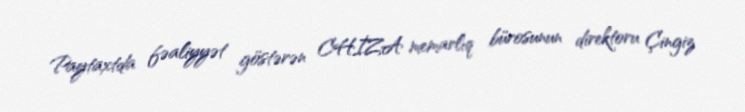
Paytaxtda fəaliyyət göstərən CHİZA memarlıq bürosunun direktoru Çingiz